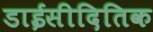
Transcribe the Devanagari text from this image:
डाईसीदितिक